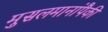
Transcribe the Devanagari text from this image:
मुसलमानांपैकी